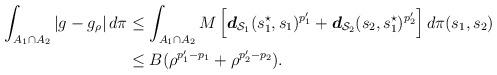
LaTeX: \begin{align*}\begin{aligned}\int_{A_1 \cap A_2} |g - g_{\rho}| \, d \pi & \leq \int_{A_1 \cap A_2 } M \left[\boldsymbol{d}_{\mathcal{S}_1} (s^\star_1, s_1)^{p_1^{\prime}}+\boldsymbol{d}_{\mathcal{S}_2} (s_2, s^\star_1)^{p_2^{\prime}} \right] d\pi(s_1, s_2) \\& \leq B (\rho^{p_1^\prime - p_1 } + \rho^{ p_2^\prime - p_2} ).\end{aligned}\end{align*}